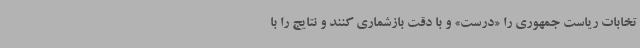
تخابات ریاست جمهوری را «درست» و با دقت بازشماری کنند و نتایج را با